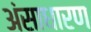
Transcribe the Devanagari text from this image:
अंसाधारण